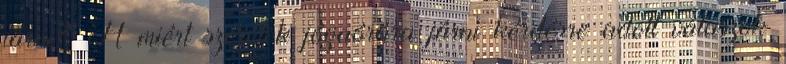
járni? A miért szeretek jógaórára járni kérdésre adott válaszok